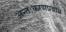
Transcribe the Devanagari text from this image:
अन्तःकरणप्रबोध